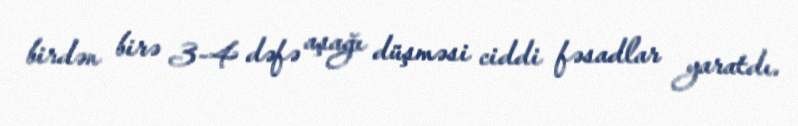
birdən birə 3-4 dəfə aşağı düşməsi ciddi fəsadlar yaratdı.